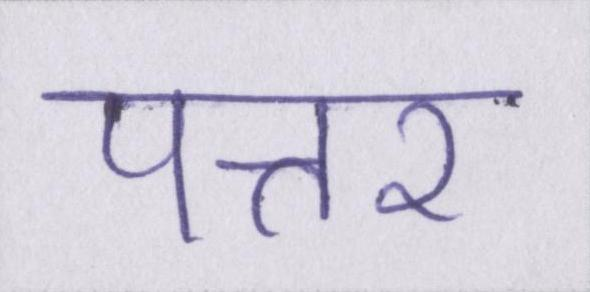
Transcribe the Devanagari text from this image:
पत्तर